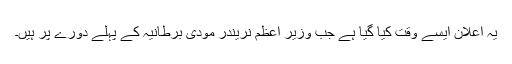
یہ اعلان ایسے وقت کیا گیا ہے جب وزیر اعظم نریندر مودی برطانیہ کے پہلے دورے پر ہیں۔